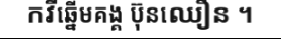
កវីឆ្នើមគង្គ ប៊ុនឈឿន ។